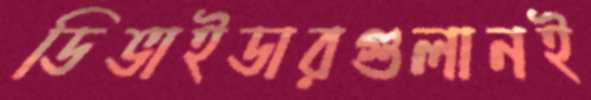
ডিভাইডারগুলানই